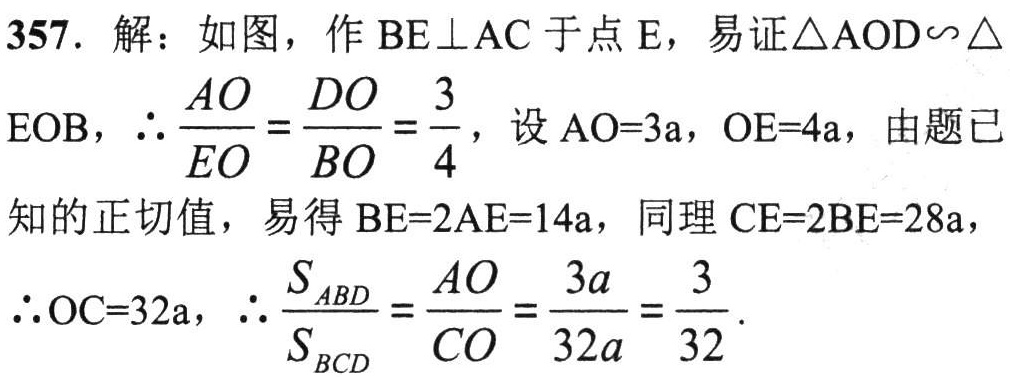
357. 解：如图，作$BE\perp AC$于点$E$，易证$\triangle AOD\sim\triangle EOB$，$\therefore\frac{AO}{EO}=\frac{DO}{BO}=\frac{3}{4}$，设$AO = 3\mathrm{a}$，$OE = 4\mathrm{a}$，由题已知的正切值，易得$BE = 2AE=14\mathrm{a}$，同理$CE = 2BE = 28\mathrm{a}$，
$\therefore OC = 32\mathrm{a}$，$\therefore\frac{S_{ABD}}{S_{BCD}}=\frac{AO}{CO}=\frac{3\mathrm{a}}{32\mathrm{a}}=\frac{3}{32}$.